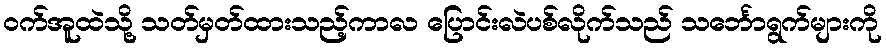
ဝက်အူထဲသို့ သတ်မှတ်ထားသည့်ကာလ ပြောင်းလဲပစ်လိုက်သည် သင်္ဘောရွက်များကို